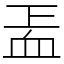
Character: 𧖬